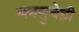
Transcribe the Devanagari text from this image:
मनसुबेही